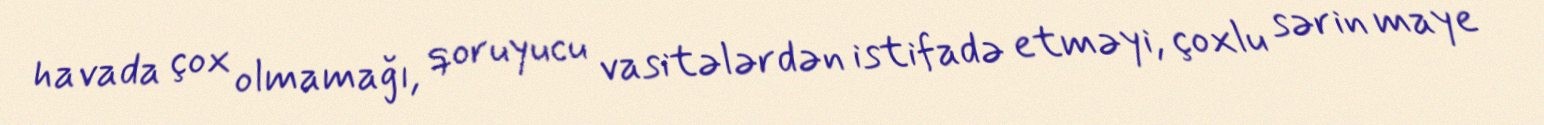
havada çox olmamağı, qoruyucu vasitələrdən istifadə etməyi, çoxlu sərin maye